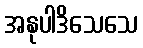
အနုပါဒိသေသေ